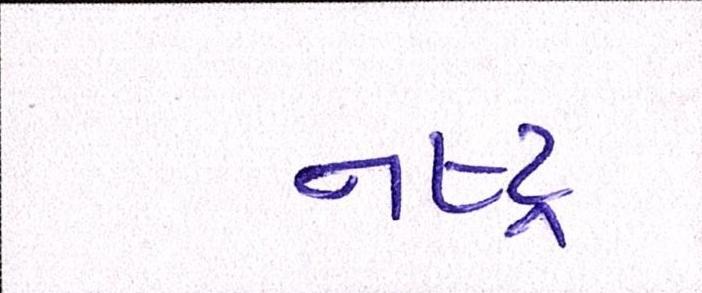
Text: નષ્ટ્ર